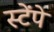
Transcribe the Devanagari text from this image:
स्टेंपे